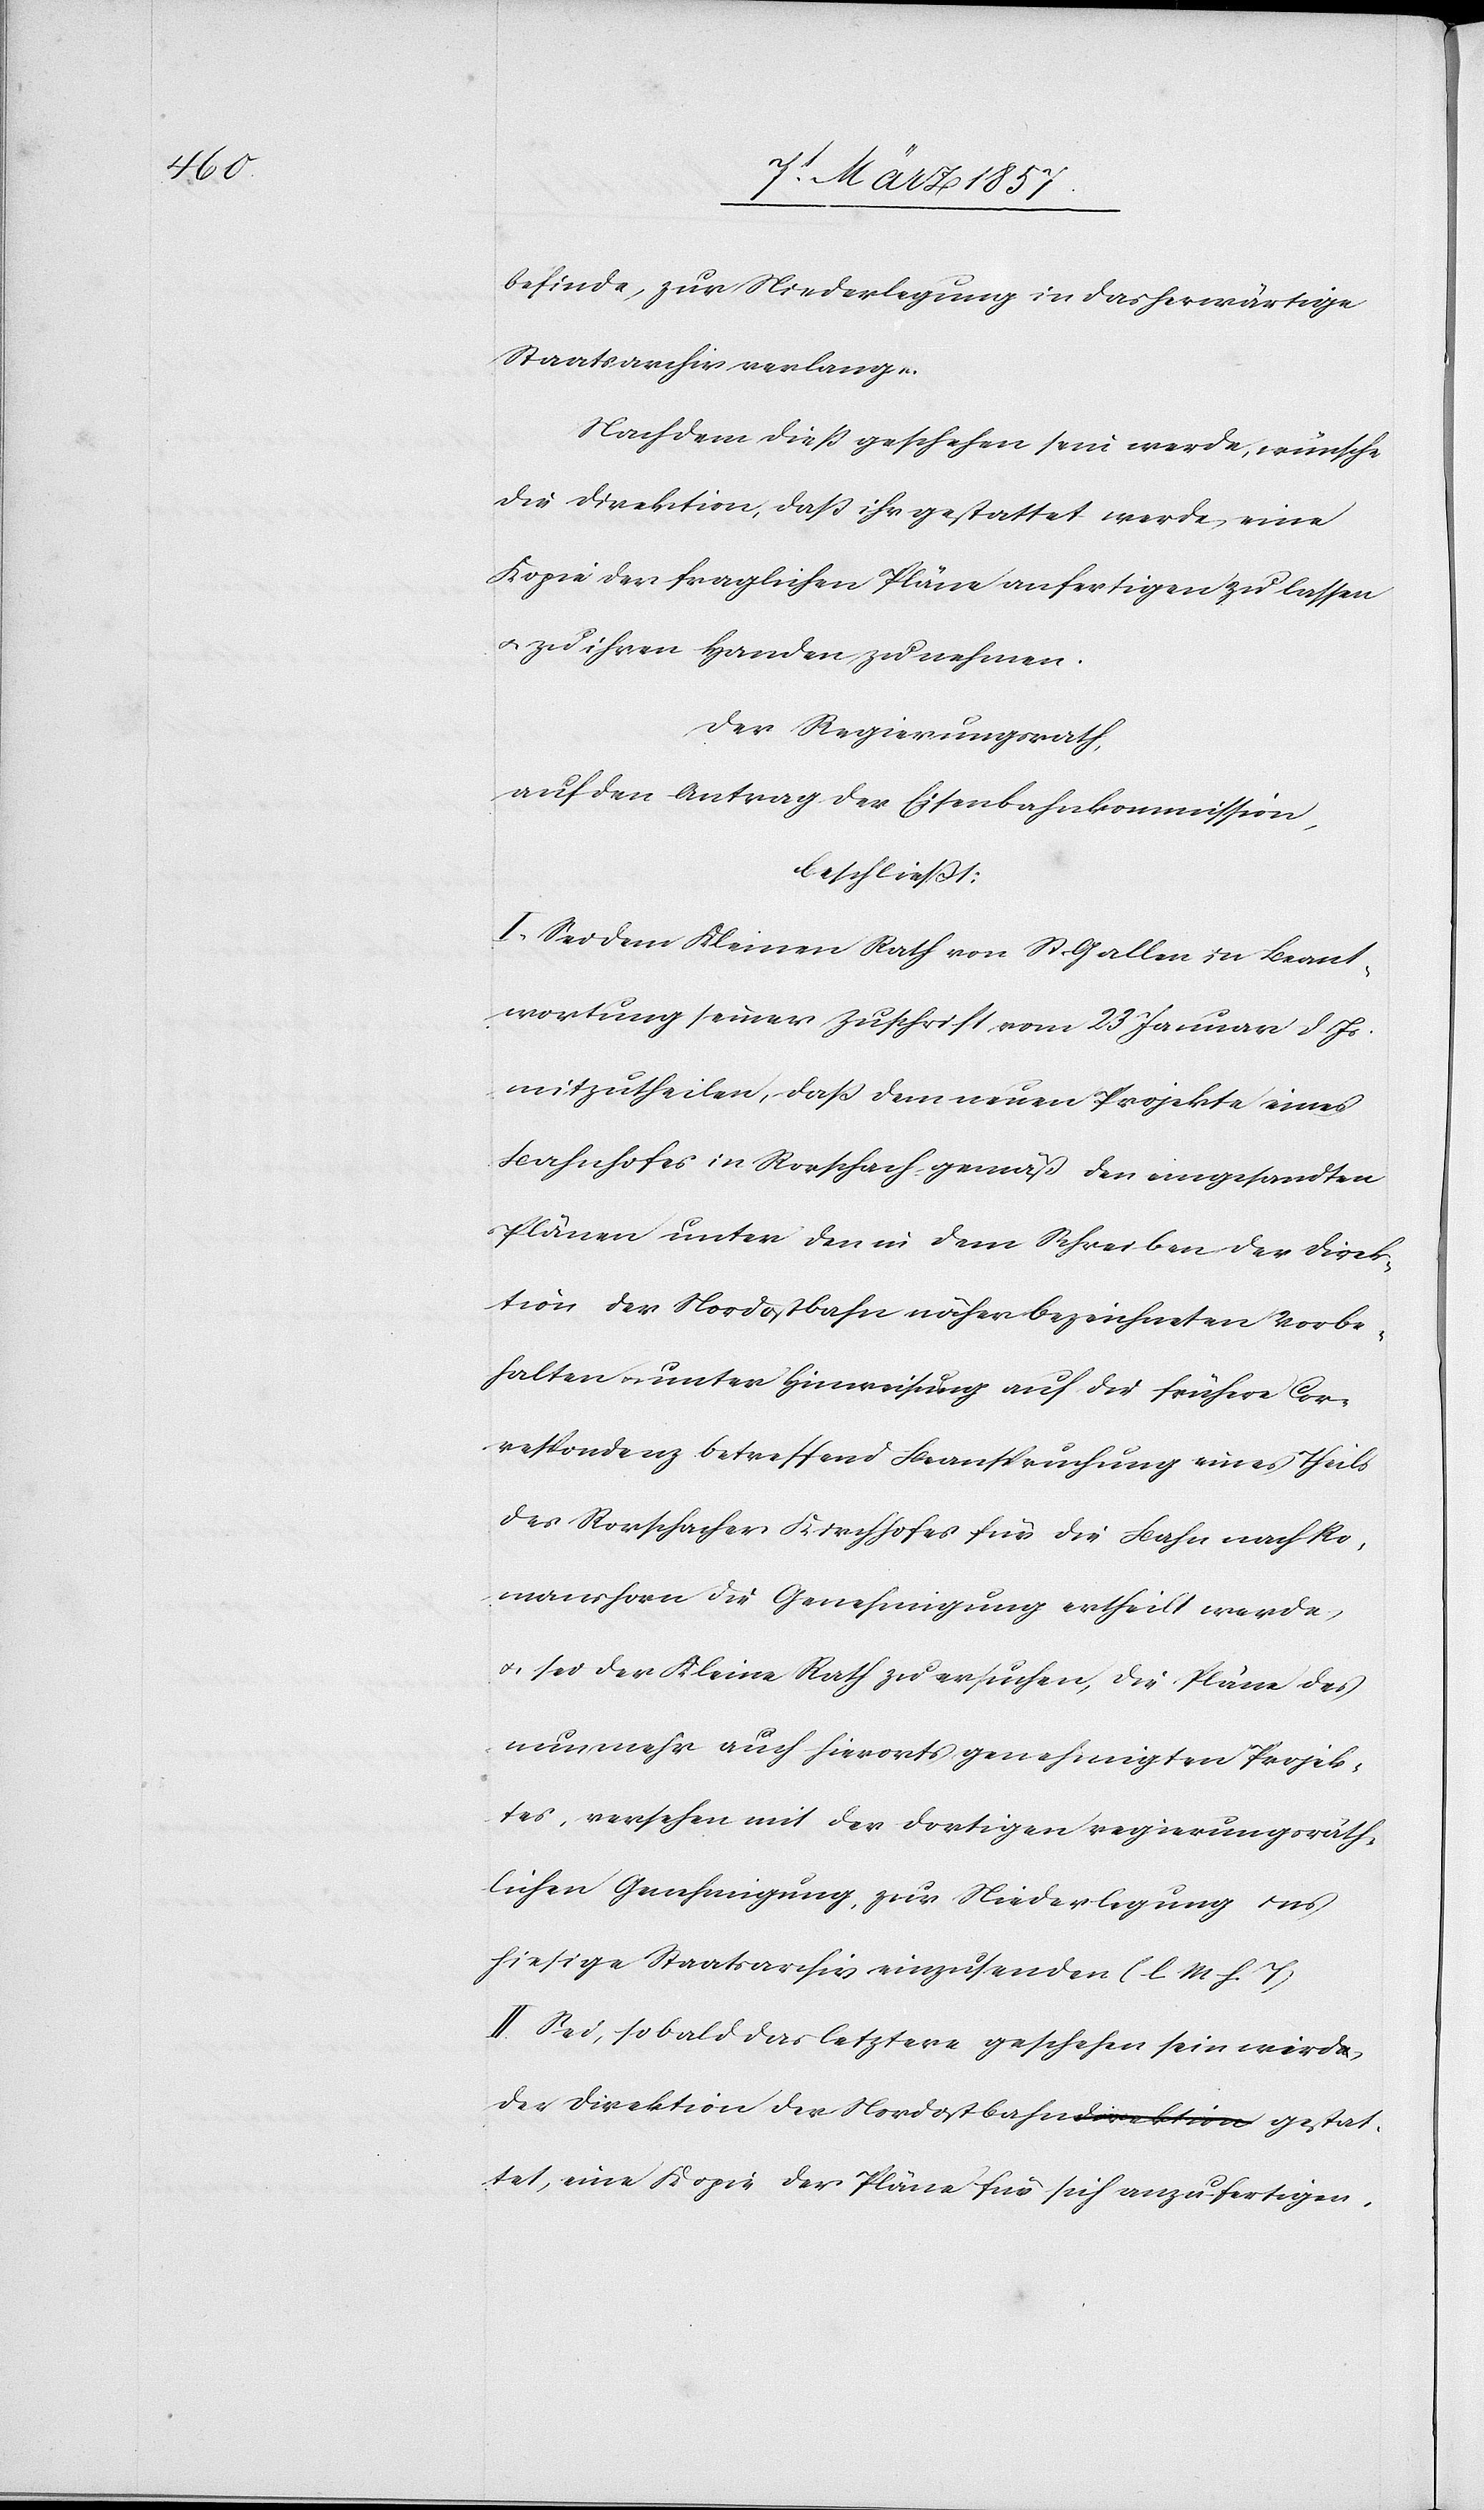
befinde, zur Niederlegung in das herwärtige
Staatsarchiv verlange.
Nachdem dieß geschehen sein werde, wünsche
die Direktion, daß ihr gestattet werde, eine
Kopie der fraglichen Pläne anfertigen zu lassen
u. zu ihren Handen zu nehmen.
Der Regierungsrath,
auf den Antrag der Eisenbahnkommission
beschließt:
I. Sei dem Kleinen Rath von St. Gallen in Beant¬
wortung seiner Zuschrift vom 23 Januar d. Js.
mitzutheilen, daß dem neuen Projekte eines
Bahnhofes in Rorschach gemäß den eingesandten
Plänen unter den in dem Schreiben der Direk¬
tion der Nordostbahn näher bezeichneten Vorbe¬
halten u. unter Hinweisung auf die frühere Cor¬
respondenz betreffend Beanspruchung eines Theils
des Rorschacher Kirchhofes für die Bahn nach Ro¬
manshorn die Genehmigung ertheilt werde,
u. sei der Kleine Rath zu ersuchen, die Pläne des
nunmehr auch hierorts genehmigten Projek¬
tes, versehen mit der dortigen regierungsräth¬
lichen Genehmigung, zur Niederlegung ins
hiesige Staatsarchiv einzusenden (l. M h. T)
II. Sei, sobald das letztere geschehen sein werde,
der Direktion der Nordostbahn gestattet, eine